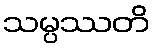
သမ္ပဿတိ